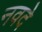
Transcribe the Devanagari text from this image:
नवदे